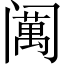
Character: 𱾣